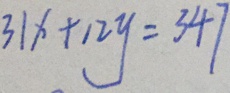
3 1 x + 1 2 y = 3 4 7